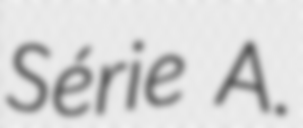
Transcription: Série A.